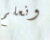
ونعلم